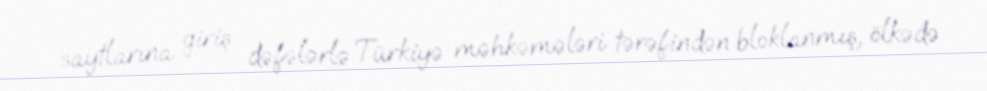
saytlarına giriş dəfələrlə Türkiyə məhkəmələri tərəfindən bloklanmış, ölkədə